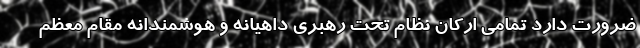
ضرورت دارد تمامی ارکان نظام تحت رهبری داهیانه و هوشمندانه مقام معظم